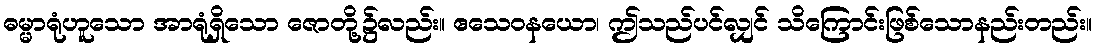
ဓမ္မာရုံဟူသော အာရုံရှိသော ဇောတို့၌လည်း။ ဧသေဝနယော၊ ဤသည်ပင်လျှင် သိကြောင်းဖြစ်သောနည်းတည်း။